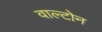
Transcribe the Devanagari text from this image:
वाल्टोन